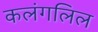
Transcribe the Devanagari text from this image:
कलंगलिल